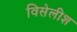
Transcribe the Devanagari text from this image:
विसेलीश